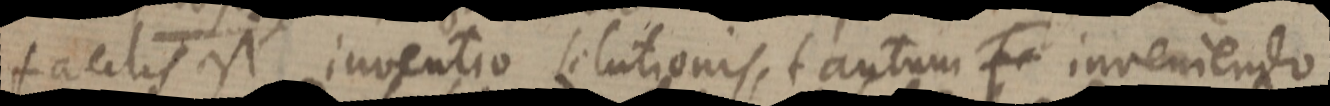
facilis est inventio solutionis, tantum _ inveniendo